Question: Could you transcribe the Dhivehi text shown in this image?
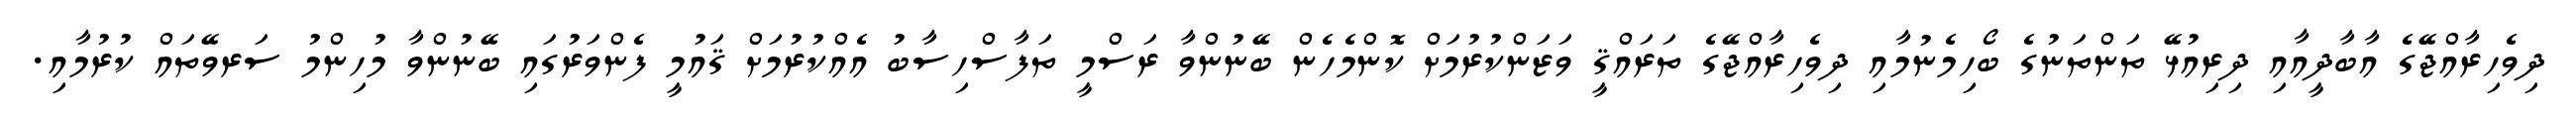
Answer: ދިވެހިރާއްޖޭގެ އާބާދީއާއި ދިރިއުޅޭ ތަންތަނުގެ ބޯހިމެނުމާއި ދިވެހިރާއްޖޭގެ ތަރައްޤީ ވަޒަންކުރުމަށް ކޮންމެހެން ބޭނުންވާ ރަސްމީ ތަފާސްހިސާބު އެއްކުރުމަށް ޤައުމީ ފެންވަރުގައި ބޭނުންވާ މުހިންމު ސަރވޭތައް ކުރުމާއި.